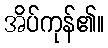
အိပ်ကုန်၏။